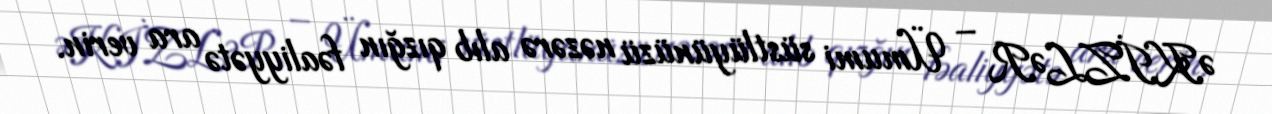
ƏKİZLƏR – Ümumi süstlüyünüzü nəzərə alıb qızğın fəaliyyətə ara verin.